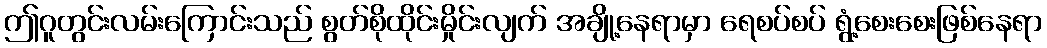
ဤဂူတွင်းလမ်းကြောင်းသည် စွတ်စိုထိုင်းမှိုင်းလျက် အချို့နေရာမှာ ရေစပ်စပ် ရွံ့စေးစေးဖြစ်နေရာ